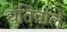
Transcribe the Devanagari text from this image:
द्युतिवाले